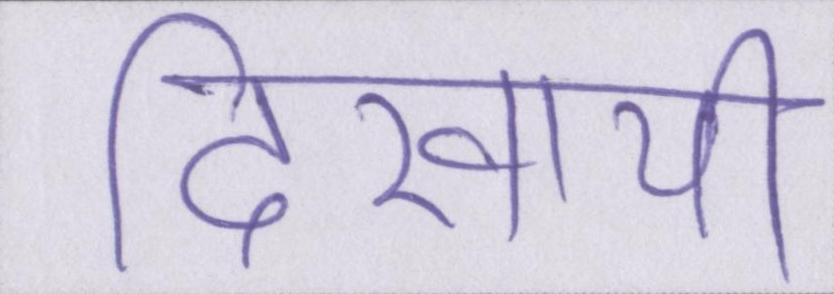
दिखायी